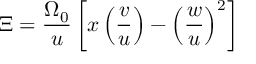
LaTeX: \Xi = \frac { \Omega _ { 0 } } { u } \left[ x \left( \frac { v } { u } \right) - \left( \frac { w } { u } \right) ^ { 2 } \right]